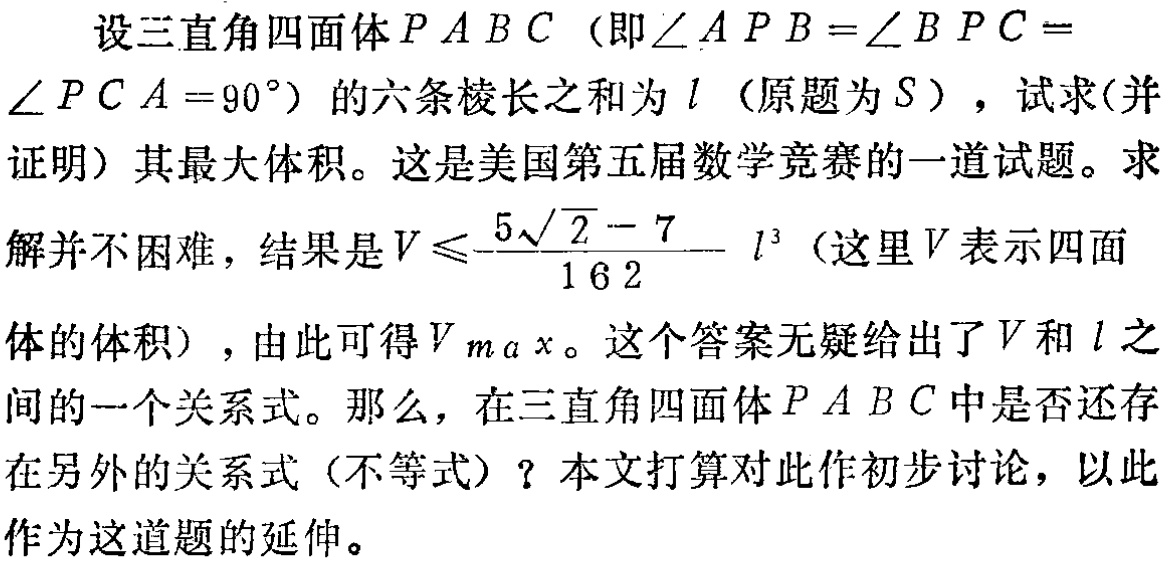
设三直角四面体\(P - ABC\)（即\(\angle APB=\angle BPC = \angle PCA = 90^{\circ}\)）的六条棱长之和为\(l\)（原题为\(S\)），试求(并证明) 其最大体积。这是美国第五届数学竞赛的一道试题。求解并不困难，结果是\(V\leqslant\frac{5\sqrt{2}-7}{162}l^{3}\)（这里\(V\)表示四面体的体积），由此可得\(V_{max}\)。这个答案无疑给出了\(V\)和\(l\)之间的一个关系式。那么，在三直角四面体\(P - ABC\)中是否还存在另外的关系式（不等式）？本文打算对此作初步讨论，以此作为这道题的延伸。